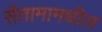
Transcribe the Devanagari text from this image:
सैतामामधील